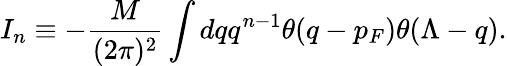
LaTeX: I_{n}\equiv-\frac{M}{(2\pi)^{2}}\int dqq^{n-1}\theta(q-p_{F})\theta(\Lambda-q).